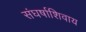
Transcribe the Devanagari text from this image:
संघर्षाशिवाय